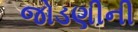
જોડણીની